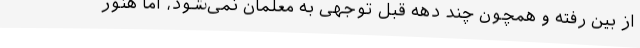
از بین رفته و همچون چند دهه قبل توجهی به معلمان نمی‌شود، اما هنوز